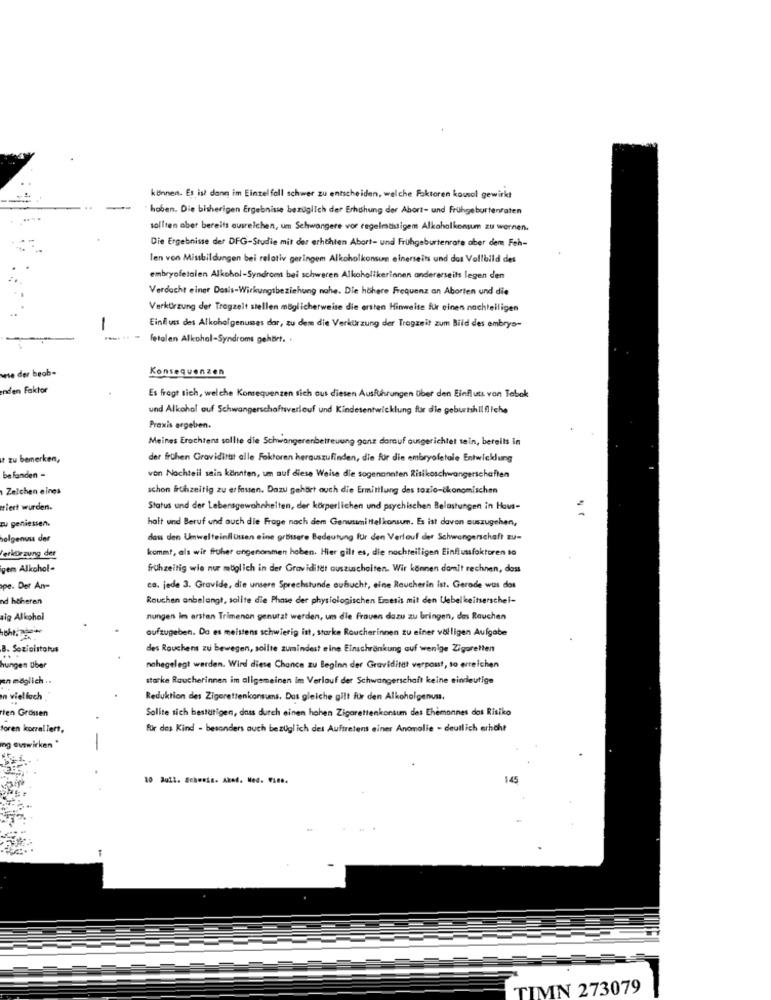
können. Es ist dann im Einzelfall schwer zu entscheiden, welche Faktoren kousol gewirkt
hoben. Die bisherigen Ergebnisse bezüglich der Erhashung der Abort- und Frühgeburtenraten
sollten aber bereits ausreichen, um Schwangere vor regelmtistigem Alkoholkonsum zu wernen.
Die Ergebnisse der DFG-Studie mit der erhöhten Abort- und Frühgeburtenrate aber dem Feh-
len von Missbildungen bei relativ geringem Alkoholkonsum einerseits und das Vollbild des
embryofetalen Alkohol-Syndroms bei schweren Alkoholikerinnen andererseits legen den
Verdacht einer Dosis-Wirkungsbeziehung nahe. Die höhere Frequenz an Aborten und die
Verkürzung der Tragzelt stellen möglicherweise die ersten Hinweite für einen nachteiligen
-
Einfluss des Alkoholgenumes dar, zu dem die Verkürzung der Tragzeit zum Bild des embryo-
.. . fetalen Alkohol-Syndroms gehört. .
wie der beab-
Konsequenzen
enden Faktor
Es fragt sich, welche Konsequenzen sich aus diesen Ausführungen über den Einfluss von Tebok
und Alkohol auf Schwangerschaftsverlauf und Kindesentwicklung für die geburtshilfliche
Praxis ergeben.
Meines Erachtens sollte die Schwangerenbetreuung ganz darauf ausgerichtet sein, bereits in
zu bemerken,
der frühen Gravidittst alle Faktoren herauszufinden, die fur die embryofetale Entwicklung
befanden -
von Nachteil sein könnten, um auf diese Weise die sogenannten Risikoschwangerschaften
Zelchen eines
schon frühzeitig zu erfassen. Dazu gehört auch die Ermittlung des sozio-ökonomischen
tiert wurden.
Status und der Lebensgewohnheiten, der körperlichen und psychischen Belastungen in Haus-
zu geniessen.
halt und Beruf und auch die Frage nach dem Genussmittelkonsum. Es ist davon auszugehen,
algenvus der
dass den Umwelteinflüssen eine grbittere Bedeutung für den Verlauf der Schwangerschaft zu-
kommt, als wir früher angenommen hoben. Hier gilt es, die nachteiligen Einflussfaktoren to
Verkürzung der
gen Alkohol-
frühzeitig wie nur möglich in der Graviditet auszuschalten. Wir können damit rechnen, dass
pe. Der An-
ca. jede 3. Gravide, die unsere Sprechstunde oubucht, eine Raucherin ist. Gerade was dos
nd höheren
Rauchen anbelangt, sollte die Phase der physiologischen Emesis mit den Uebel keitserschel-
aig Alkohol
nungen im ersten Trimenon genutzt werden, um die Frauen dazu zu bringen, das Rauchen
aufzugeben. Da es meistens schwierig itt, starke Roucherinnen zu einer völligen Aufgabe
B. Socialstatus
des Rauchens zu bewegen, sollte zumindest eine Einschränkung auf wenige Zigaretten
hungen Uber
nohegelegt werden. Wird diese Chance zu Beginn der Graviditet verpasst, to erreichen
en möglich ..
starke Raucherinnen im allgemeinen im Verlauf der Schwangerschaft keine eindeutige
n vielfach
Reduktion des Zigarettenkonsums. Das gleiche gilt für den Alkoholgenun.
ten Grossen
Sollte sich bestätigen, dass durch einen hohen Zigarettenkonsum des Ehemannes das Risiko
toren korrallert,
für das Kind - besonders auch bezüglich des Auftretens einer Anomalie - deutlich erhöht
ing auswirken*
-
10 Bull. Schweis. Akad. Med. Fine.
145
TIMN 273079